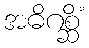
အဓိဂစ္ဆိံ